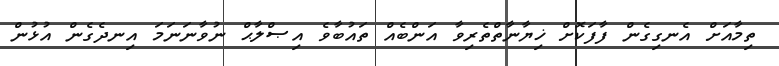
ތިމާއަށް އެނގިގެން ފާފަކޮށް ޚިޔާނާތްތެރިވާ އަންބެއް ތައުބާވެ އިޞްލާޙް ނުވާނަނަމަ އިނދެގެން އުޅުން